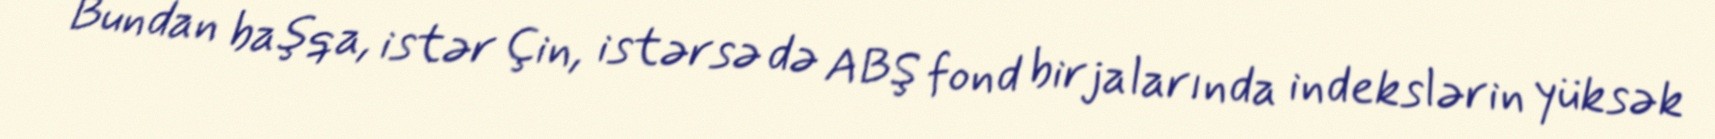
Bundan başqa, istər Çin, istərsə də ABŞ fond birjalarında indekslərin yüksək